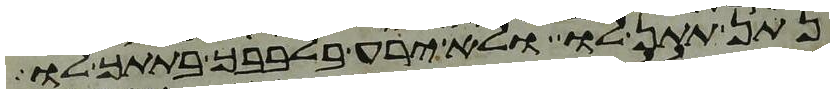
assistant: נתן תתן לו ולא ירע בלבבך בתתך לו